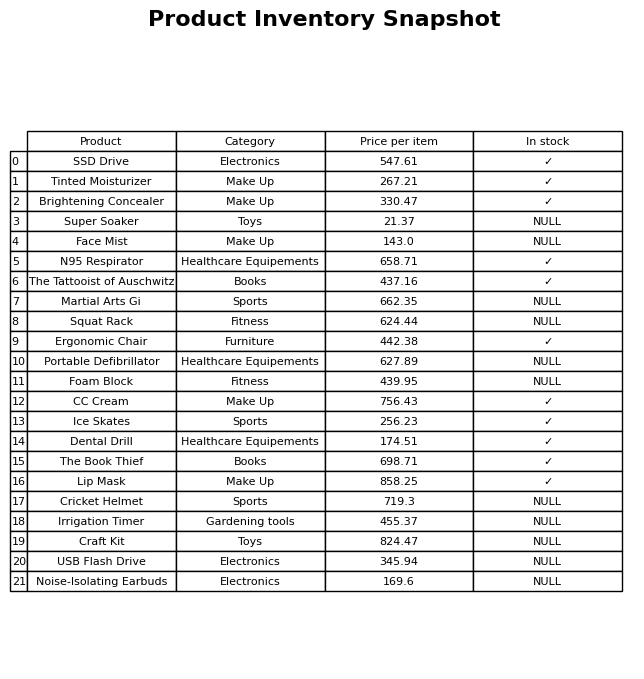
question: What is the price of the Squat Rack?
answer: The price of Squat Rack is 624.44.